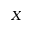
X